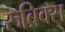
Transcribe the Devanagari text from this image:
रुब्रिक्स